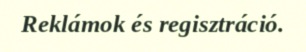
Reklámok és regisztráció.